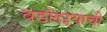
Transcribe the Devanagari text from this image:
वडोदऱ्याची